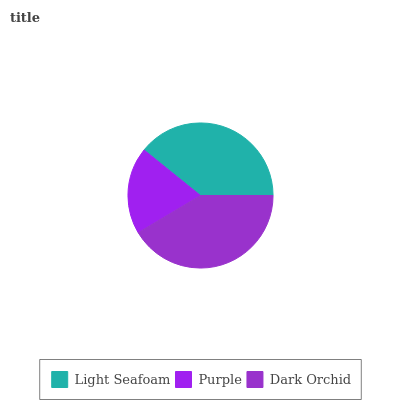
| Light Seafoam | Purple | Dark Orchid |
 | --- | --- | --- |
 | 39.2% | 19.4% | 41.4% |